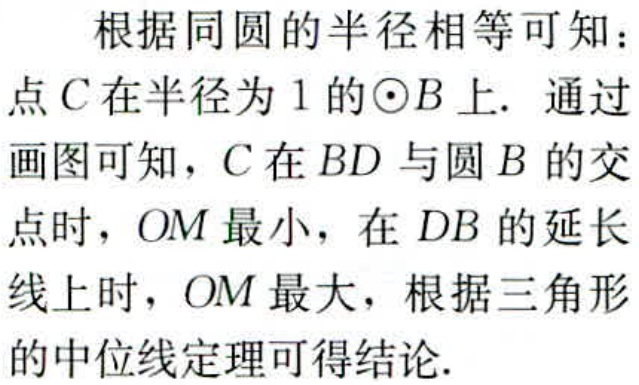
根据同圆的半径相等可知：

点\(C\)在半径为\(1\)的\(\odot B\)上. 通过

画图可知，\(C\)在\(BD\)与圆\(B\)的交

点时，\(OM\)最小，在\(DB\)的延长

线上时，\(OM\)最大，根据三角形

的中位线定理可得结论.